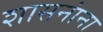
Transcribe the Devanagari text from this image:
शासनांना